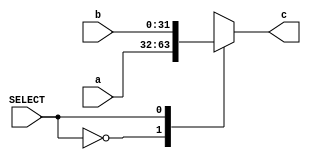
`timescale  1ns/100ps

module mux32(a,b,SELECT,c);

input [31:0] a;
input [31:0] b;
input SELECT;

output reg[31:0] c;

always @(a,b,SELECT)           //case statement
begin
    case(SELECT)
            1'b0      : c = a ;  //a
            1'b1      : c = b ;  //b
        
    endcase
   
end

endmodule